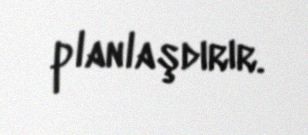
planlaşdırır.